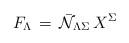
LaTeX: \begin{align*}F_ \Lambda \, = \, {\bar {\cal N}}_{\Lambda \Sigma} \, X^\Sigma\end{align*}